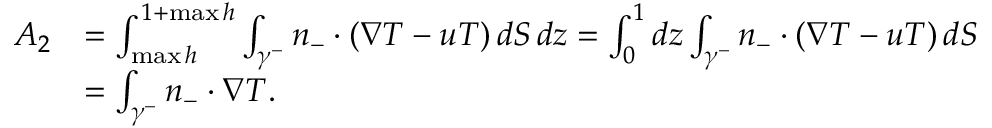
\begin{array} { r l } { A _ { 2 } } & { = \int _ { \operatorname* { m a x } h } ^ { 1 + \operatorname* { m a x } h } \int _ { \gamma ^ { - } } n _ { - } \cdot ( \nabla T - u T ) \, d S \, d z = \int _ { 0 } ^ { 1 } d z \int _ { \gamma ^ { - } } n _ { - } \cdot ( \nabla T - u T ) \, d S } \\ & { = \int _ { \gamma ^ { - } } n _ { - } \cdot \nabla T . } \end{array}